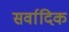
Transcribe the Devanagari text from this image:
सर्वादिक